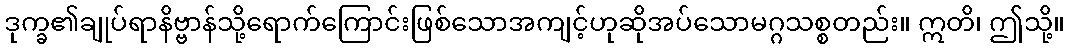
ဒုက္ခ၏ချုပ်ရာနိဗ္ဗာန်သို့ရောက်ကြောင်းဖြစ်သောအကျင့်ဟုဆိုအပ်သောမဂ္ဂသစ္စတည်း။ ဣတိ၊ ဤသို့။